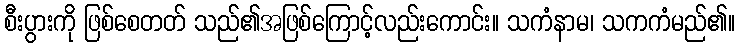
စီးပွားကို ဖြစ်စေတတ် သည်၏အဖြစ်ကြောင့်လည်းကောင်း။ သကံနာမ၊ သကကံမည်၏။